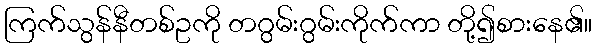
ကြက်သွန်နီတစ်ဥကို တဂွမ်းဂွမ်းကိုက်ကာ တို့၍စားနေ၏။